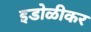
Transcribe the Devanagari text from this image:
इडोळीकर